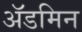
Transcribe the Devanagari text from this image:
ॲडमिन